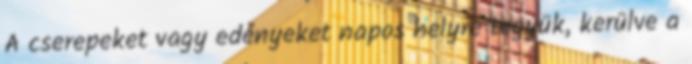
A cserepeket vagy edényeket napos helyre tegyük, kerülve a